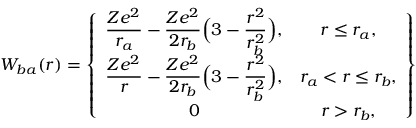
W _ { b a } ( r ) = \left\{ \begin{array} { c c } { \displaystyle \frac { Z e ^ { 2 } } { r _ { a } } - \frac { Z e ^ { 2 } } { 2 r _ { b } } \Big ( 3 - \frac { r ^ { 2 } } { r _ { b } ^ { 2 } } \Big ) , } & { r \leq r _ { a } , } \\ { \displaystyle \frac { Z e ^ { 2 } } { r } - \frac { Z e ^ { 2 } } { 2 r _ { b } } \Big ( 3 - \frac { r ^ { 2 } } { r _ { b } ^ { 2 } } \Big ) , } & { r _ { a } < r \leq r _ { b } , } \\ { 0 } & { r > r _ { b } , } \end{array} \right\}